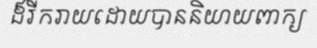
ដ៏រីករាយដោយបាននិយាយពាក្យ